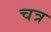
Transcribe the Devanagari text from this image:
चत्र